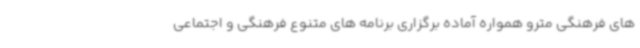
های فرهنگی مترو همواره آماده برگزاری برنامه های متنوع فرهنگی و اجتماعی